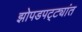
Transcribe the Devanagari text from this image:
झोपडपट्ट्यांत